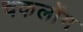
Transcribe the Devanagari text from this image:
चकलोंग